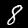
Label: 8